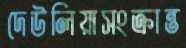
দেউলিয়াসংক্রান্ত